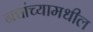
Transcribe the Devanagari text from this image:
नद्यांच्यामधील